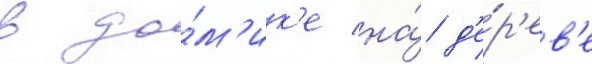
в до́м'ик'е на́ д'е́р'ев'е